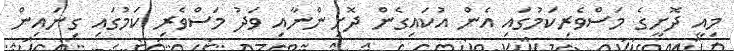
މިއީ ދޮށީގެ މަސްވެރިކަމުގައި އެން އުކައިގެން ދޮށިންނާއި ވަދު މަސްވެރި ކަމުގައި ގިނައިން